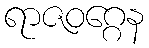
ရာဇဝဂ္ဂေန